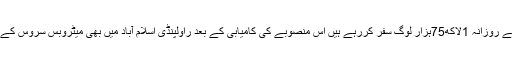
صوبائی دارالحکومت میں میٹروبس سروس کے ذریعے روزانہ 1لاکھ75ہزار لوگ سفر کررہے ہیں اس منصوبے کی کامیابی کے بعد راولپنڈی اسلام آباد میں بھی میٹروبس سروس کے منصوبے کا 23مارچ کو سنگ بنیاد رکھا جارہا ہے۔